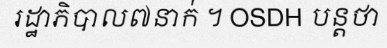
រដ្ឋាភិបាល៧នាក់ ។ OSDH បន្តថា